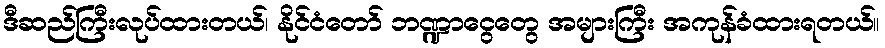
ဒီဆည်ကြီးလုပ်ထားတယ်၊ နိုင်ငံတော် ဘဏ္ဍာငွေတွေ အများကြီး အကုန်ခံထားရတယ်။